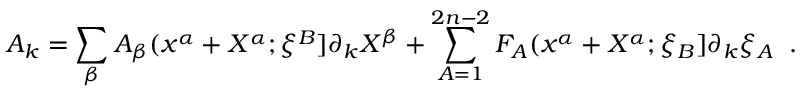
A _ { k } = \sum _ { \beta } A _ { \beta } ( x ^ { \alpha } + X ^ { \alpha } ; \xi ^ { B } ] \partial _ { k } X ^ { \beta } + \sum _ { A = 1 } ^ { 2 n - 2 } F _ { A } ( x ^ { \alpha } + X ^ { \alpha } ; \xi _ { B } ] \partial _ { k } \xi _ { A } \; \; .